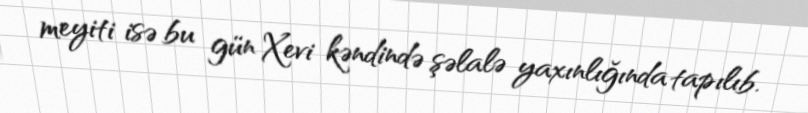
meyiti isə bu gün Xevi kəndində şəlalə yaxınlığında tapılıb.